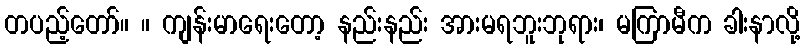
တပည့်တော်။ ။ ကျန်းမာရေးတော့ နည်းနည်း အားမရဘူးဘုရား၊ မကြာမီက ခါးနာလို့